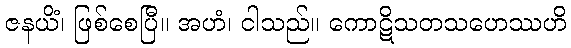
ဇနယိံ၊ ဖြစ်စေပြီ။ အဟံ၊ ငါသည်။ ကောဋိသတသဟေဿဟိ